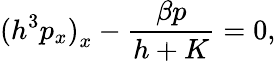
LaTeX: {(h^{3}p_{x})}_{x}-{\frac{\beta p}{h+K}}=0,